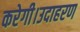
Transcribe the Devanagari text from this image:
करेगी।उदाहरण